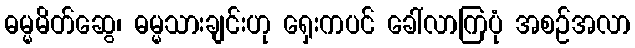
ဓမ္မမိတ်ဆွေ၊ ဓမ္မသားချင်းဟု ရှေးကပင် ခေါ်လာကြပုံ အစဉ်အလာ